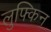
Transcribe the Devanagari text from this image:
लुफ्किन